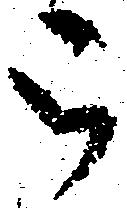
被